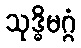
သုဒ္ဓိမဂ္ဂံ